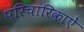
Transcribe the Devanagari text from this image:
परिचारिकाऐं